Indian Civil Veterinary Department memoirs
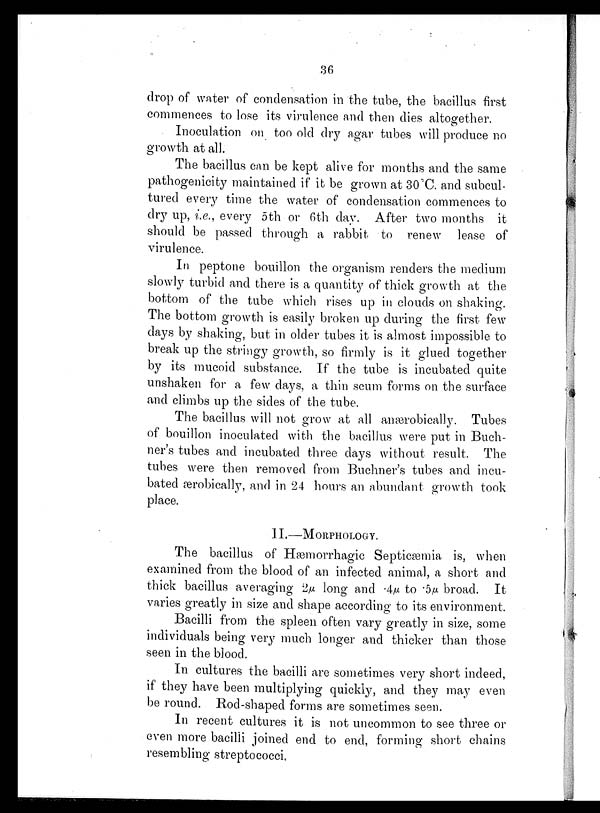
36
drop of water of condensation in the tube, the bacillus first
commences to lose its virulence and then dies altogether.
Inoculation on too old dry agar tubes will produce no
growth at all.
The bacillus can be kept alive for months and the same
pathogenicity maintained if it be grown at 30°C. and subcul¬
tured every time the water of condensation commences to
dry up, i.e., every 5th or 6th day. After two months it
should be passed through a rabbit to renew lease of
virulence.
In peptone bouillon the organism renders the medium
slowly turbid and there is a quantity of thick growth at the
bottom of the tube which rises up in clouds on shaking.
The bottom growth is easily broken up during the first few
days by shaking, but in older tubes it is almost impossible to
break up the stringy growth, so firmly is it glued together
by its mucoid substance. If the tube is incubated quite
unshaken for a few days, a thin scum forms on the surface
and climbs up the sides of the tube.
The bacillus will not grow at all anærobically. Tubes
of bouillon inoculated with the bacillus were put in Buch-
ner's tubes and incubated three days without result. The
tubes were then removed from Buchner's tubes and incu-
bated ærobically, and in 24 hours an abundant growth took
place.
II.—MORPHOLOGY.
The bacillus of Hæmorrhagic Septicæmia is, when
examined from the blood of an infected animal, a short and
thick bacillus averaging 2µ long and .4µ to .5µ broad. It
varies greatly in size and shape according to its environment.
Bacilli from the spleen often vary greatly in size, some
individuals being very much longer and thicker than those
seen in the blood.
In cultures the bacilli are sometimes very short indeed,
if they have been multiplying quickly, and they may even
be round. Rod-shaped forms are sometimes seen.
In recent cultures it is not uncommon to see three or
even more bacilli joined end to end, forming short chains
resembling streptococci.